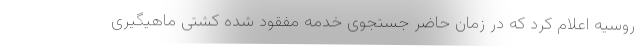
روسیه اعلام کرد که در زمان حاضر جستجوی خدمه مفقود شده کشتی ماهیگیری